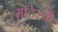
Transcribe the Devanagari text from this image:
मंदिरची